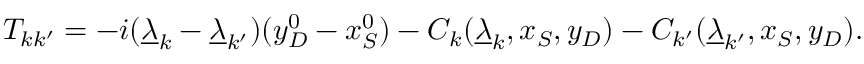
{ \cal T } _ { k k ^ { \prime } } = - i ( \underline { { \lambda } } _ { k } - \underline { { \lambda } } _ { k ^ { \prime } } ) ( y _ { D } ^ { 0 } - x _ { S } ^ { 0 } ) - C _ { k } ( \underline { { \lambda } } _ { k } , x _ { S } , y _ { D } ) - C _ { k ^ { \prime } } ( \underline { { \lambda } } _ { k ^ { \prime } } , x _ { S } , y _ { D } ) .